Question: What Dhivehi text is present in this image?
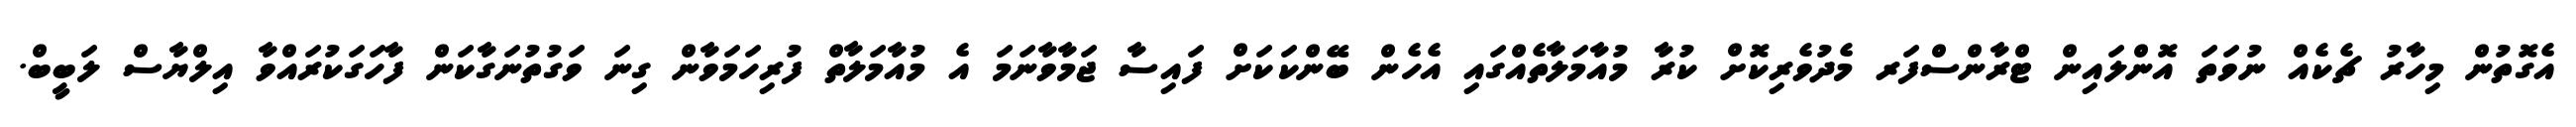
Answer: އެގޮތުން މިހާރު ޗެކެއް ނުވަތަ އޮންލައިން ޓްރާންސްފަރ މެދުވެރިކޮށް ކުރާ މުއާމަލާތެއްގައި އެހެން ބޭންކަކަށް ފައިސާ ޖަމާވާނަމަ އެ މުއާމަލާތް ފުރިހަމަވާން ގިނަ ވަގުތުނަގާކަން ފާހަގަކުރައްވާ އިލްޔާސް ލަބީބް.